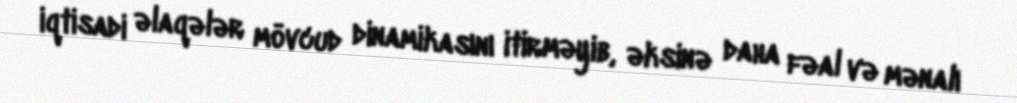
iqtisadi əlaqələr mövcud dinamikasını itirməyib, əksinə daha fəal və mənalı